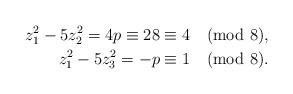
LaTeX: \begin{align*} z_{1}^{2} - 5z_{2}^{2} = 4p \equiv 28 \equiv 4 \pmod 8,\\ z_{1}^{2} - 5z_{3}^{2} = -p \equiv 1 \pmod 8.\end{align*}